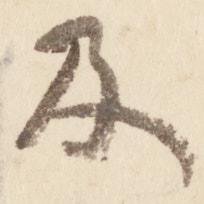
及